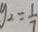
y _ { 2 } = \frac { 1 } { 7 }